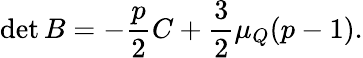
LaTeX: \operatorname*{det}{B}=-\frac{p}{2}C+\frac{3}{2}\mu_{Q}(p-1).